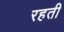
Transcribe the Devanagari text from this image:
रहती